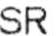
SR